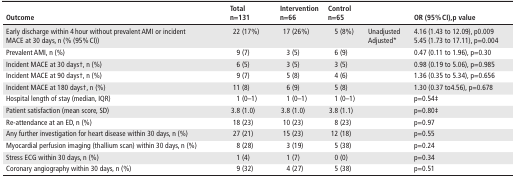
<table><thead><tr><td><b>Outcome</b></td><td><b>Total n=131</b></td><td><b>Intervention n=66</b></td><td><b>Control n=65</b></td><td></td><td><b>OR (95% CI),p value</b></td></tr></thead><tbody><tr><td>Early discharge within 4 hour without prevalent AMI or incident MACE at 30 days, n (% (95% CI))</td><td>22 (17%)</td><td>17 (26%)</td><td>5 (8%)</td><td>Unadjusted Adjusted*</td><td>4.16 (1.43 to 12.09), p0.009 5.45 (1.73 to 17.11), p=0.004</td></tr><tr><td>Prevalent AMI, n (%)</td><td>9 (7)</td><td>3 (5)</td><td>6 (9)</td><td></td><td>0.47 (0.11 to 1.96), p=0.30</td></tr><tr><td>Incident MACE at 30 days†, n (%)</td><td>6 (5)</td><td>3 (5)</td><td>3 (5)</td><td></td><td>0.98 (0.19 to 5.06), p=0.985</td></tr><tr><td>Incident MACE at 90 days†, n (%)</td><td>9 (7)</td><td>5 (8)</td><td>4 (6)</td><td></td><td>1.36 (0.35 to 5.34), p=0.656</td></tr><tr><td>Incident MACE at 180 days†, n (%)</td><td>11 (8)</td><td>6 (9)</td><td>5 (8)</td><td></td><td>1.30 (0.37 to4.56), p=0.678</td></tr><tr><td>Hospital length of stay (median, IQR)</td><td>1 (0–1)</td><td>1 (0–1)</td><td>1 (0–1)</td><td></td><td>p=0.54‡</td></tr><tr><td>Patient satisfaction (mean score, SD)</td><td>3.8 (1.0)</td><td>3.8 (1.0)</td><td>3.8 (1.1)</td><td></td><td>p=0.80‡</td></tr><tr><td>Re-attendance at an ED, n (%)</td><td>18 (23)</td><td>10 (23)</td><td>8 (23)</td><td></td><td>p=0.97</td></tr><tr><td>Any further investigation for heart disease within 30 days, n (%)</td><td>27 (21)</td><td>15 (23)</td><td>12 (18)</td><td></td><td>p=0.55</td></tr><tr><td>Myocardial perfusion imaging (thallium scan) within 30 days, n (%)</td><td>8 (28)</td><td>3 (19)</td><td>5 (38)</td><td></td><td>p=0.24</td></tr><tr><td>Stress ECG within 30 days, n (%)</td><td>1 (4)</td><td>1 (7)</td><td>0 (0)</td><td></td><td>p=0.34</td></tr><tr><td>Coronary angiography within 30 days, n (%)</td><td>9 (32)</td><td>4 (27)</td><td>5 (38)</td><td></td><td>p=0.51</td></tr></tbody></table>